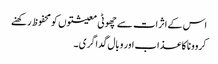
اس کے اثرات سے چھوٹی معیشتوں کو محفوظ رکھنے
کروونا کا عذاب اور وبال گداگری ۔